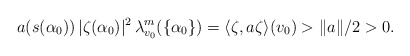
\begin{align*} a (s(\alpha_0) )\, | \zeta (\alpha_0) |^2 \, \lambda_{v_0}^m ( \{ \alpha_0 \} ) = \langle \zeta, a \zeta \rangle (v_0) > \| a \| / 2 > 0.\end{align*}